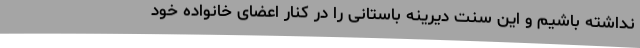
نداشته باشیم و این سنت دیرینه باستانی را در کنار اعضای خانواده خود